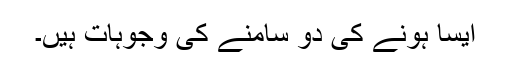
ایسا ہونے کی دو سامنے کی وجوہات ہیں۔